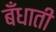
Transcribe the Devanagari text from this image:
बँधाती